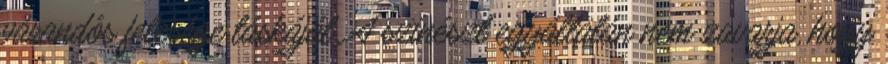
várandós felesége táskáját. A színészt egyáltalán nem zavarja, hogy